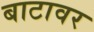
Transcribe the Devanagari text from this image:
बाटावर